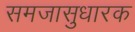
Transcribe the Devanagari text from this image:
समजासुधारक